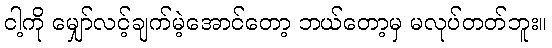
ငါ့ကို မျှော်လင့်ချက်မဲ့အောင်တော့ ဘယ်တော့မှ မလုပ်တတ်ဘူး။